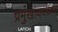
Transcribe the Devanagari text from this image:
प्रमुखायदद्यात्